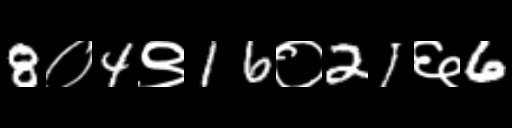
Text: 8०4९16०21६6